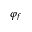
\varphi _ { f }